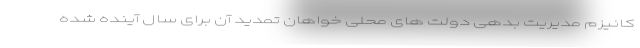
کانیزم مدیریت بدهی دولت های محلی خواهان تمدید آن برای سال آینده شده